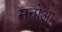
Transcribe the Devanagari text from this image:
मनोआ